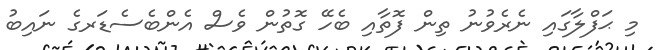
މި ޙަފްލާގައި ނެރެވުނު ތިން ފޮތާއި ބެހޭ ގޮތުން ވެސް އެންބެސެޑަރގެ ނައިބު